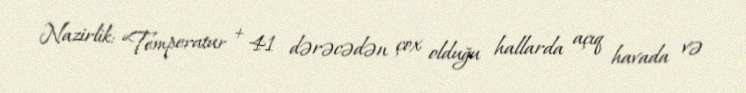
Nazirlik: “Temperatur + 41 dərəcədən çox olduğu hallarda açıq havada və